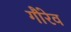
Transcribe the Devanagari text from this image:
गौरेव